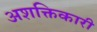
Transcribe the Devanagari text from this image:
अशक्तिकारी